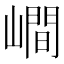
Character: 𡼏